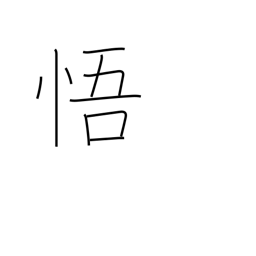
Meaning: perceive